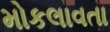
મોકલાવતા